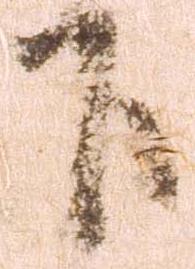
下